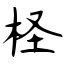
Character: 柽